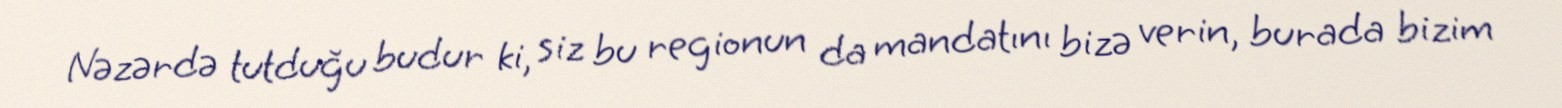
Nəzərdə tutduğu budur ki, siz bu regionun da mandatını bizə verin, burada bizim